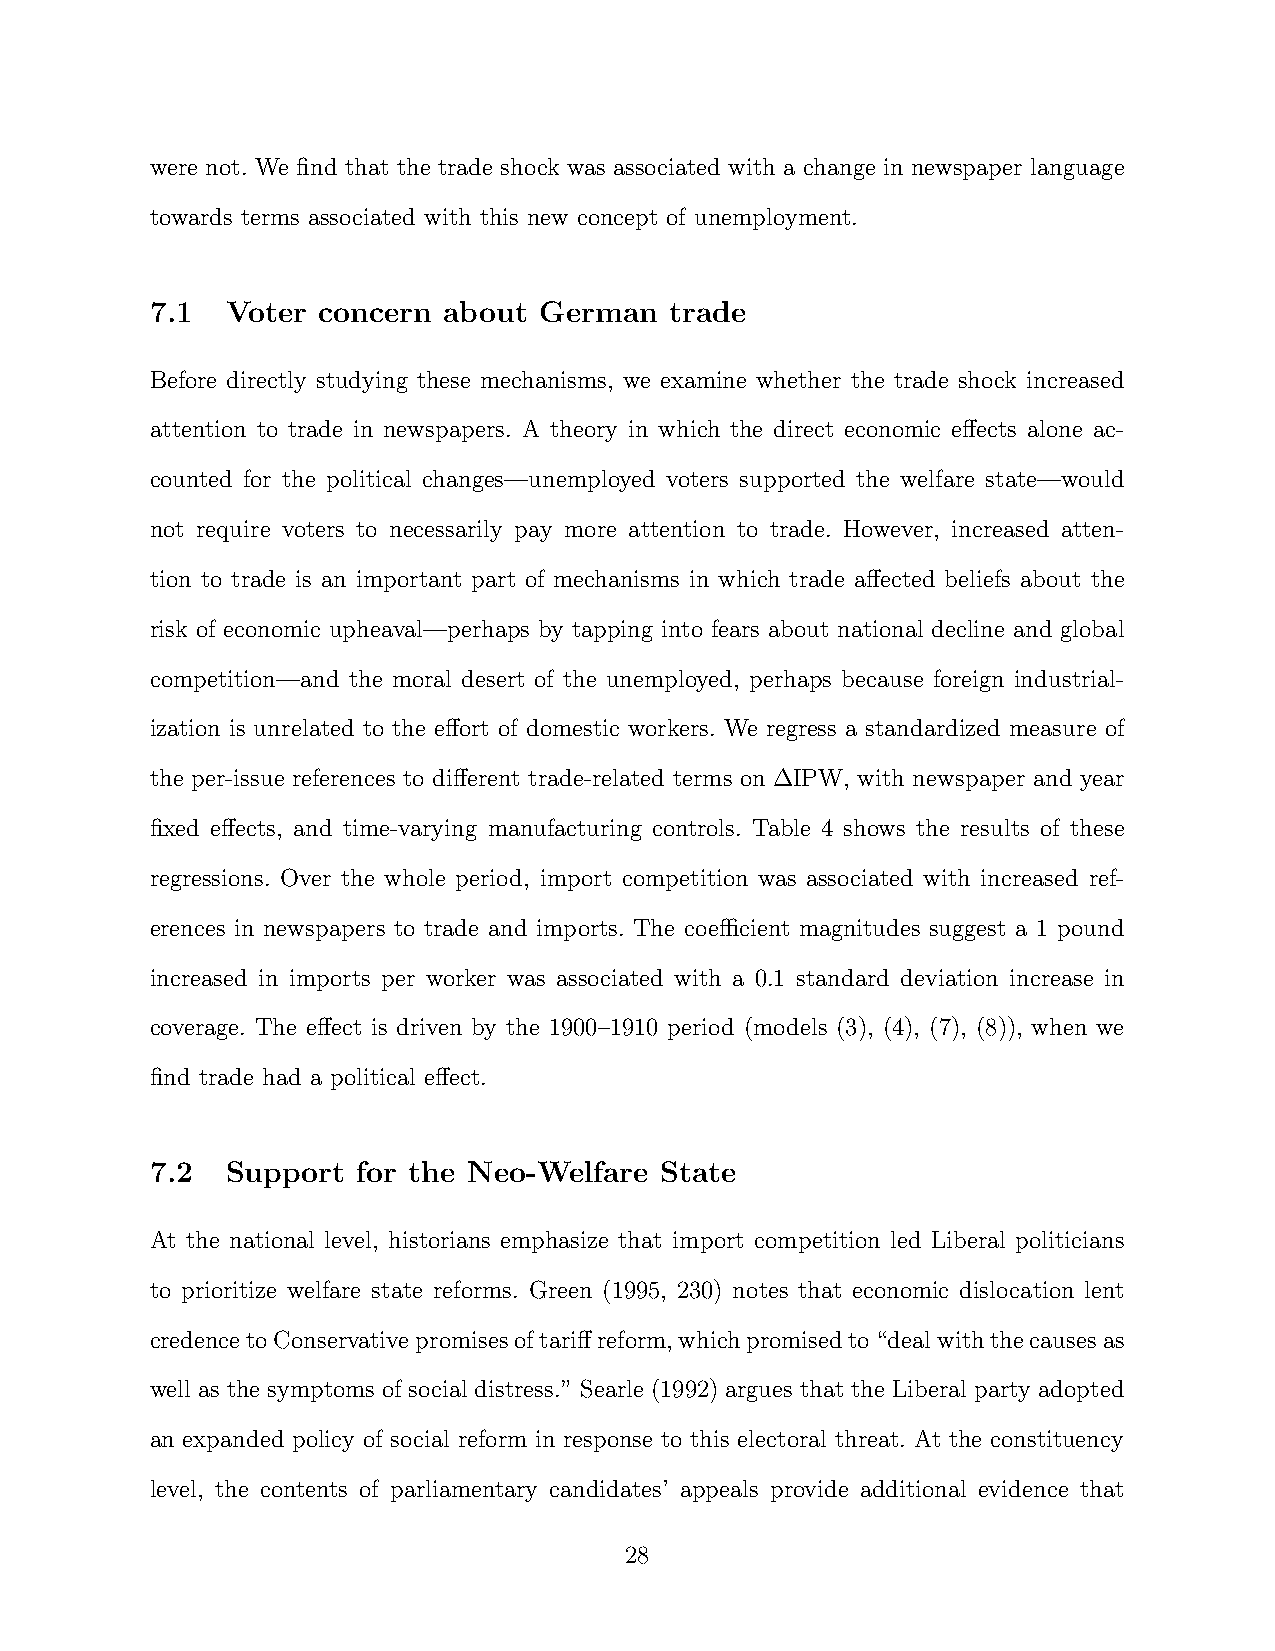
were not. We find that the trade shock was associated with a change in newspaper language
 towards terms associated with this new concept of unemployment.
 7.1  Voter concern about  German  trade
 Before directly studying these mechanisms, we examine whether the trade shock increased
 attention to trade in newspapers. A theory in which the direct economic effects alone ac-
 counted for the political changes—unemployed voters supported the welfare state—would
 not require voters to necessarily pay more attention to trade. However, increased atten-
 tion to trade is an important part of mechanisms in which trade affected beliefs about the
 risk of economic upheaval—perhaps by tapping into fears about national decline and global
 competition—and the moral desert of the unemployed, perhaps because foreign industrial-
 ization is unrelated to the effort of domestic workers. We regress a standardized measure of
 the per-issue references to different trade-related terms on ∆IPW, with newspaper and year
 fixed effects, and time-varying manufacturing controls. Table 4 shows the results of these
 regressions. Over the whole period, import competition was associated with increased ref-
 erences in newspapers to trade and imports. The coefficient magnitudes suggest a 1 pound
 increased in imports per worker was associated with a 0.1 standard deviation increase in
 coverage. The effect is driven by the 1900–1910 period (models (3), (4), (7), (8)), when we
 find trade had a political effect.
 7.2  Support  for the Neo-Welfare State
 At the national level, historians emphasize that import competition led Liberal politicians
 to prioritize welfare state reforms. Green (1995, 230) notes that economic dislocation lent
 credencetoConservativepromisesoftariffreform,whichpromisedto“dealwiththecausesas
 well as the symptoms of social distress.” Searle (1992) argues that the Liberal party adopted
 an expanded policy of social reform in response to this electoral threat. At the constituency
 level, the contents of parliamentary candidates’ appeals provide additional evidence that
 28